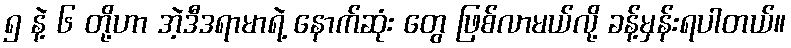
၅ နဲ့ ၆ တို့ဟာ အဲ့ဒီဒရာမာရဲ့ နောက်ဆုံး တွေ ဖြစ်လာမယ်လို့ ခန့်မှန်းရပါတယ်။